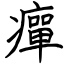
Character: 癉